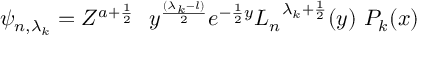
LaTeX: \psi _ { n , { \lambda _ { k } } } = Z ^ { a + \frac { 1 } { 2 } } \, \, \ y ^ { \frac { ( { \lambda _ { k } } - l ) } { 2 } } e ^ { - { \frac { 1 } { 2 } } y } { L _ { n } } ^ { { \lambda _ { k } } + { \frac { 1 } { 2 } } } ( y ) \, \, P _ { k } ( x )